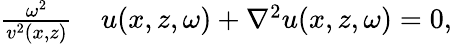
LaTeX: \begin{array}{rl}{\frac{\omega^{2}}{v^{2}(x,z)}}&{{}u(x,z,\omega)+\nabla^{2}{u(x,z,\omega)}=0,}\end{array}